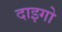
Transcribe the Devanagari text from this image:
दाइगो